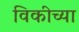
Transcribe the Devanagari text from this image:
विकीच्या